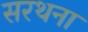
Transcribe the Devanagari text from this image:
सरथना